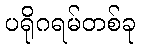
ပရိုဂရမ်တစ်ခု